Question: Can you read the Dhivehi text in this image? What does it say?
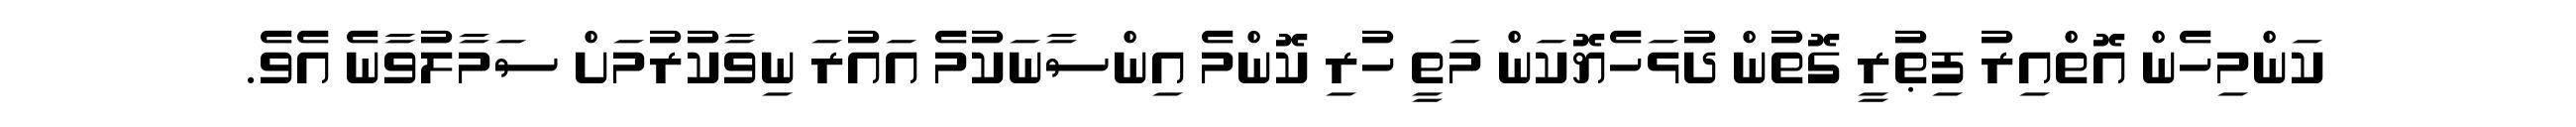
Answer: ކަންމިހެން އޮތްއިރު ފިޠުރީ ގޮތުން ދުޅަހެޔޮކަން މަތީ ހުރި ކޮންމެ އިންސާނަކުމެ އައުރަ ނިވާކުރުމަށް ސަމާލުވާނެ އެވެ.